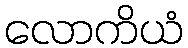
လောကိယံ